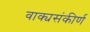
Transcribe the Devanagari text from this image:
वाक्यसंकीर्ण